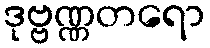
ဒုဗ္ဗဏ္ဏတရော